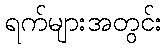
ရက်များအတွင်း